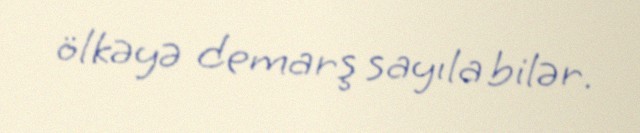
ölkəyə demarş sayıla bilər.